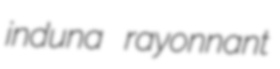
induna rayonnant